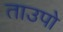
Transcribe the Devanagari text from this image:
ताउपो